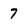
Character: 7